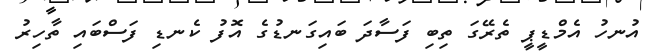
އުނހު އެމްޑީޕީ ތެރޭގަ ތިބި ފަސާދަ ބައިގަނޑުގެ އޮފު ކެނޑި ފަސްބައި ތާހިރު